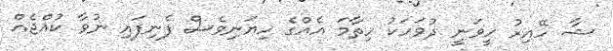
ޝާ ހޭއިރު ހީވަނީ ދުވަހަކު ހިތާމަ އެއްގެ ހިޔަނިވެސް ފެނިފައި ނުވާ ކުއްޖެއް